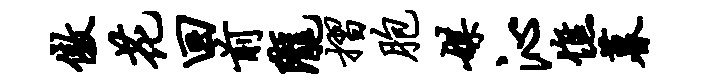
傲花回前陇摺胞媒沁憔暮